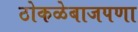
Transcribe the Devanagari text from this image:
ठोकळेबाजपणा